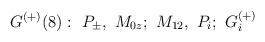
LaTeX: \begin{align*}\,G^{(+)}(8):\,\,P_{\pm },\,\,M_{0z};\,\,M_{12},\,\,P_{i};\,\,G_{i}^{(+)}\end{align*}